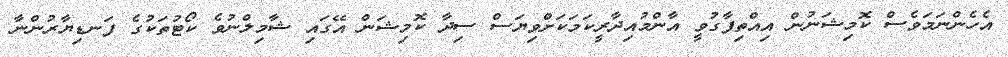
އެހެންނަމަވެސް ކޮމިޝަނުން އިއްތިފާގުވީ އާންމުއިދާރީކަމަކަށްވިޔަސް ސިދާ ކޮމިޝަން އޭގައި ޝާމިލްނުވެ ކޯޓުތަކުގެ ފަނޑިޔާރުންނާ